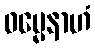
ဓမ္မေနာဟံ